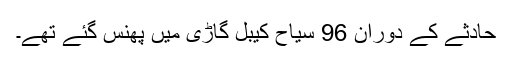
حادثے کے دوران 96 سیاح کیبل گاڑی میں پھنس گئے تھے۔